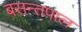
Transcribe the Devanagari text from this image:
बसन्तपाल